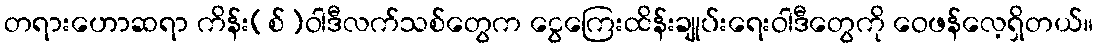
တရားဟောဆရာ ကိန်း(စ်)ဝါဒီလက်သစ်တွေက ငွေကြေးထိန်းချုပ်းရေးဝါဒီတွေကို ဝေဖန်လေ့ရှိတယ်။